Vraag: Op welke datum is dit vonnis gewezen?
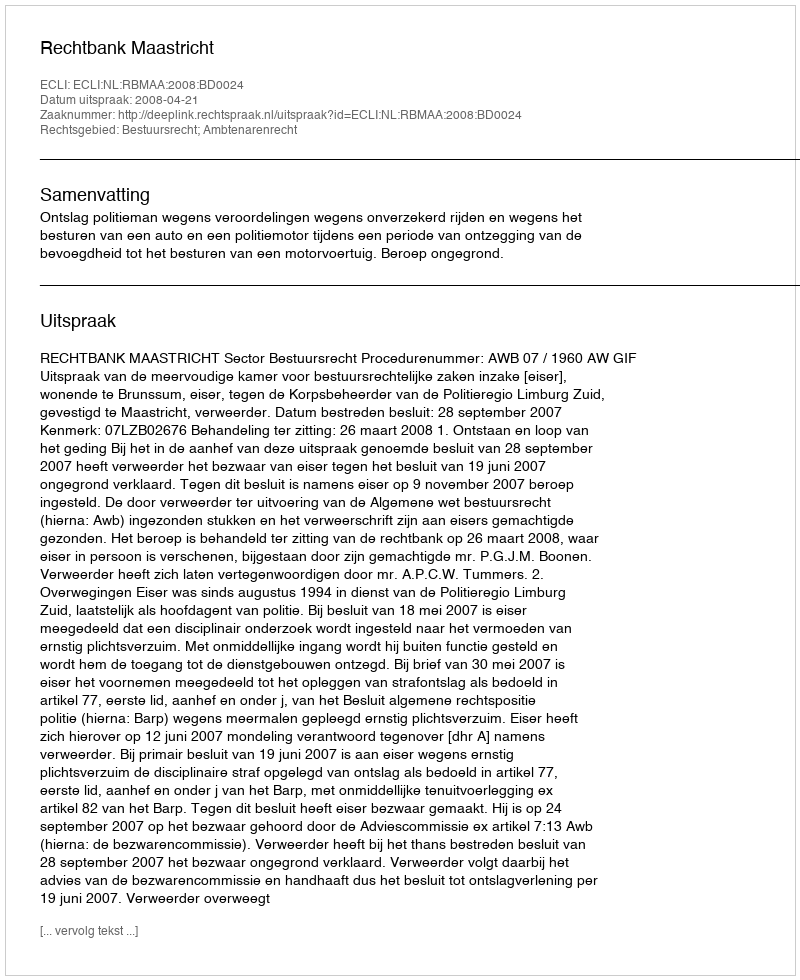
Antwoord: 2008-04-21